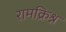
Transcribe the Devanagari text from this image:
रामक्रिश्न